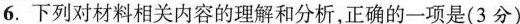
6.下列对材料相关内容的理解和分析，正确的一项是(3分)